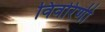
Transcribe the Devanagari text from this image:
विवरिणी